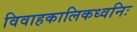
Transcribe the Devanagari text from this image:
विवाहकालिकध्वनिः